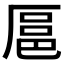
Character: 𫨓